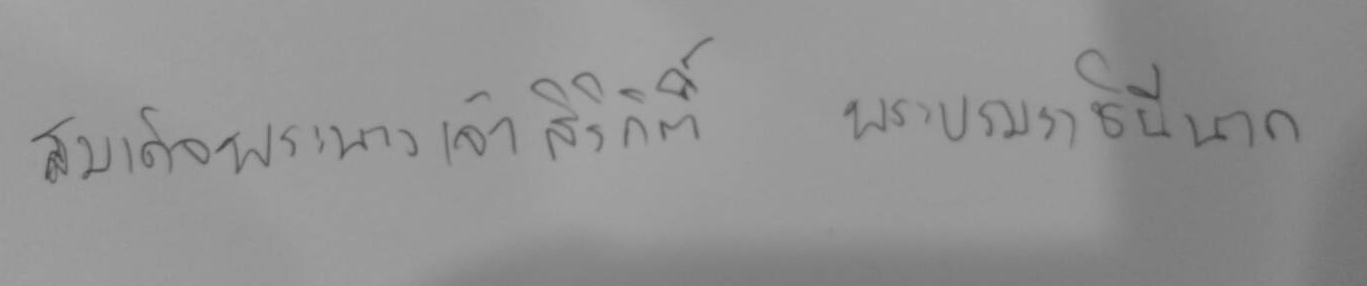
สมเด็จพระนางเจ้าสิริกิติ์ พระบรมราชินีนาถ